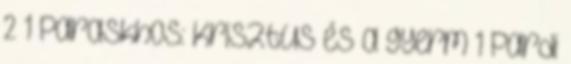
2 1 Paraskhos: Krisztus és a gyerm 1 Pardi